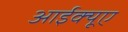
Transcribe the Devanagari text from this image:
आईक्यूए